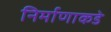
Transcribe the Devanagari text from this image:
निर्माणाकडे